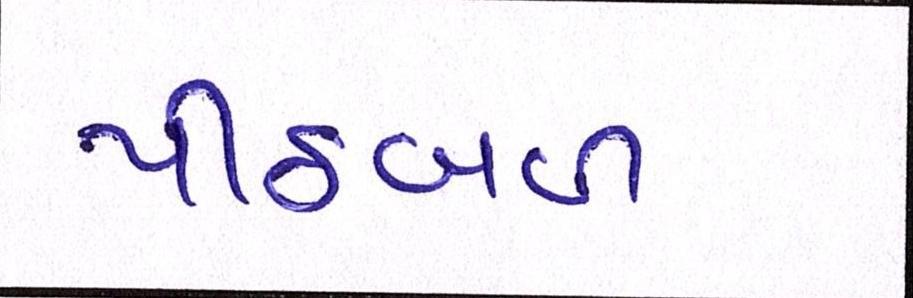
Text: પીઠબળ